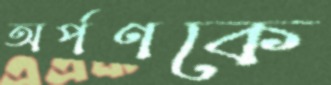
অর্পণকে